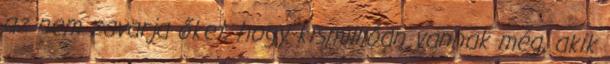
az nem zavarja őket, hogy kismillióan vannak még, akik